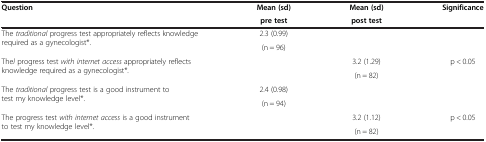
<table><thead><tr><td rowspan="2"><b>Question</b></td><td><b>Mean (sd)</b></td><td><b>Mean (sd)</b></td><td rowspan="2"><b>Significance</b></td></tr><tr><td><b>pre test</b></td><td><b>post test</b></td></tr></thead><tbody><tr><td rowspan="2">The <i>traditional</i> progress test appropriately reflects knowledge required as a gynecologist*.</td><td>2.3 (0.99)</td><td rowspan="2"> </td><td rowspan="2"> </td></tr><tr><td>(n = 96)</td></tr><tr><td rowspan="2">The<i>l</i> progress test <i>with internet access</i> appropriately reflects knowledge required as a gynecologist*.</td><td rowspan="2"> </td><td>3.2 (1.29)</td><td rowspan="2">p &lt; 0.05</td></tr><tr><td>(n = 82)</td></tr><tr><td rowspan="2">The <i>traditional</i> progress test is a good instrument to test my knowledge level*.</td><td>2.4 (0.98)</td><td rowspan="2"> </td><td rowspan="2"> </td></tr><tr><td>(n = 94)</td></tr><tr><td rowspan="2">The progress test <i>with internet access</i> is a good instrument to test my knowledge level*.</td><td rowspan="2"> </td><td>3.2 (1.12)</td><td rowspan="2">p &lt; 0.05</td></tr><tr><td>(n = 82)</td></tr></tbody></table>